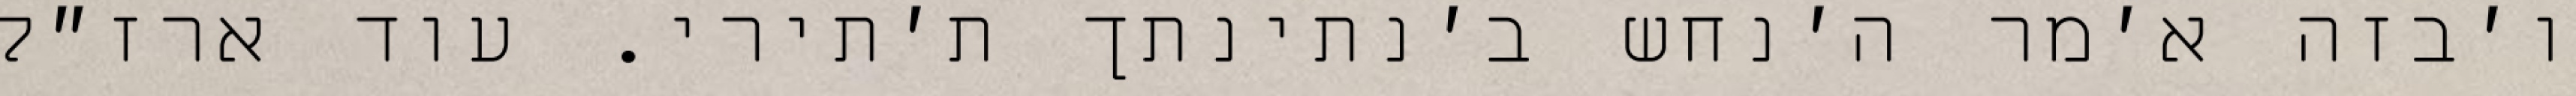
ו׳בזה א׳מר ה׳נחש ב׳נתינתך ת׳תירי. עוד ארז״ל